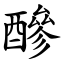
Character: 醦